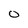
Character: O